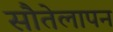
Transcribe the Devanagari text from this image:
सौतेलापन